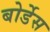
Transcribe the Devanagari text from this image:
बोर्डेस